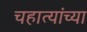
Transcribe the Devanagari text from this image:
चहात्यांच्या